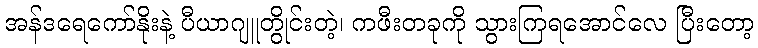
အန်ဒရေကော်နိုးနဲ့ ပီယာဂျူတွိုင်းတဲ့၊ ကဖီးတခုကို သွားကြရအောင်လေ ပြီးတော့